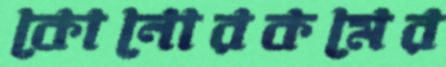
কোনোরকমের